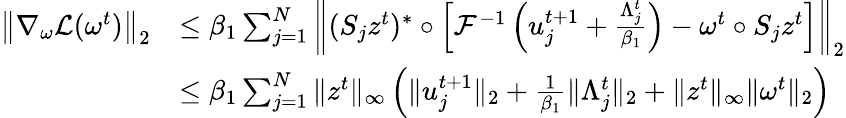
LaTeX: \begin{array}{rl}{\left\| \nabla_{\omega}\mathcal{L}(\omega^{t})\right\| _{2}}&{\leq\beta_{1}\sum_{j=1}^{N}\left\| (S_{j}z^{t})^{*}\circ\left[\mathcal{F}^{-1}\left(u_{j}^{t+1}+\frac{\Lambda_{j}^{t}}{\beta_{1}}\right)-\omega^{t}\circ S_{j}z^{t}\right]\right\| _{2}}\\ &{\leq\beta_{1}\sum_{j=1}^{N}\| z^{t}\| _{\infty}\left(\| u_{j}^{t+1}\| _{2}+\frac{1}{\beta_{1}}\| \Lambda_{j}^{t}\| _{2}+\| z^{t}\| _{\infty}\| \omega^{t}\| _{2}\right)}\end{array}